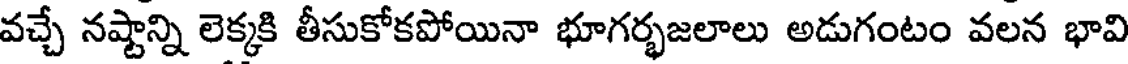
వచ్చే నష్టాన్ని లెక్కకి తీసుకోకపోయినా భూగర్భజలాలు అడుగంటం వలన భావి